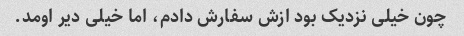
چون خیلی نزدیک بود ازش سفارش دادم، اما خیلی دیر اومد.